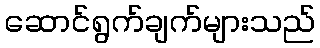
ဆောင်ရွက်ချက်များသည်